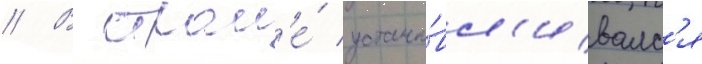
// В стран'е́ устана́вл'ивалс'я